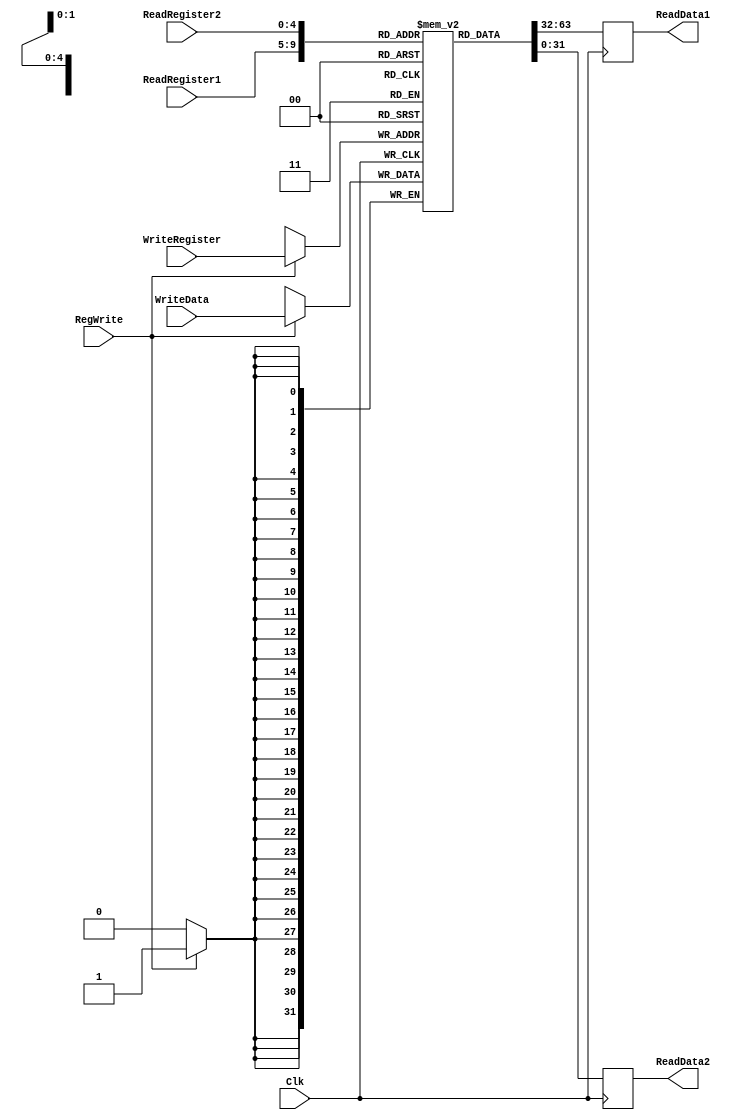
`timescale 1ps/1ps
module RegisterFile(ReadRegister1, ReadRegister2, WriteRegister, WriteData,  Clk,RegWrite, ReadData1, ReadData2);

	/* Please fill in the implementation here... */ 
	input [4:0] ReadRegister1,ReadRegister2,WriteRegister;
	input [31:0] WriteData;
	input RegWrite,Clk;
	
	output reg [31:0] ReadData1,ReadData2;
	
	
	//reg [31:0] Registers = new reg[32];
	reg [31:0] Registers [0:31];
	
	initial begin
		Registers[0] <= 32'h00000000;
		Registers[1] <= 32'h00000000;
		Registers[2] <= 32'h00000000;
		Registers[3] <= 32'h00000000;
		Registers[4] <= 32'h00000000;
		Registers[5] <= 32'h00000000;
		Registers[6] <= 32'h00000000;
		Registers[7] <= 32'h00000000;
		Registers[8] <= 32'h00000000;
		Registers[9] <= 32'h00000000;
		Registers[10] <= 32'h00000000;
		Registers[11] <= 32'h00000000;
		Registers[12] <= 32'h00000000;
		Registers[13] <= 32'h00000000;
		Registers[14] <= 32'h00000000;
		Registers[15] <= 32'h00000000;
		Registers[16] <= 32'h00000000;
		Registers[17] <= 32'h00000000;
		Registers[18] <= 32'h00000000;
		Registers[19] <= 32'h00000000;
		Registers[20] <= 32'h00000000;
		Registers[21] <= 32'h00000000;
		Registers[22] <= 32'h00000000;
		Registers[23] <= 32'h00000000;
		Registers[24] <= 32'h00000000;
		Registers[25] <= 32'h00000000;
		Registers[26] <= 32'h00000000;
		Registers[27] <= 32'h00000000;
		Registers[28] <= 32'h00000000;
		Registers[29] <= 32'd0;
		Registers[30] <= 32'd0 ;// this value should point to the top of data memory, dont forget byte addressing
		Registers[31] <= 32'd0;
	end
	
	
	always @(posedge Clk)
	begin
	#800;	
		if (RegWrite == 1) 
		begin
			Registers[WriteRegister] <= WriteData;
		end
	end
	
	always @(posedge Clk)
	
	begin
#300;
		ReadData1 <= Registers[ReadRegister1];
		ReadData2 <= Registers[ReadRegister2];
	end
	
	

endmodule